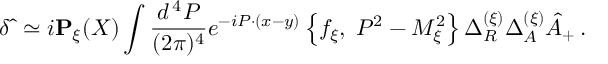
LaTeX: \delta \hat { \bf \Delta } \simeq i { \bf P } _ { \xi } ( X ) \int \frac { d ^ { \, 4 } P } { ( 2 \pi ) ^ { 4 } } e ^ { - i P \cdot ( x - y ) } \left\{ f _ { \xi } , \; P ^ { 2 } - { \cal M } _ { \xi } ^ { 2 } \right\} \Delta _ { R } ^ { ( \xi ) } \Delta _ { A } ^ { ( \xi ) } \hat { A } _ { + } \, .